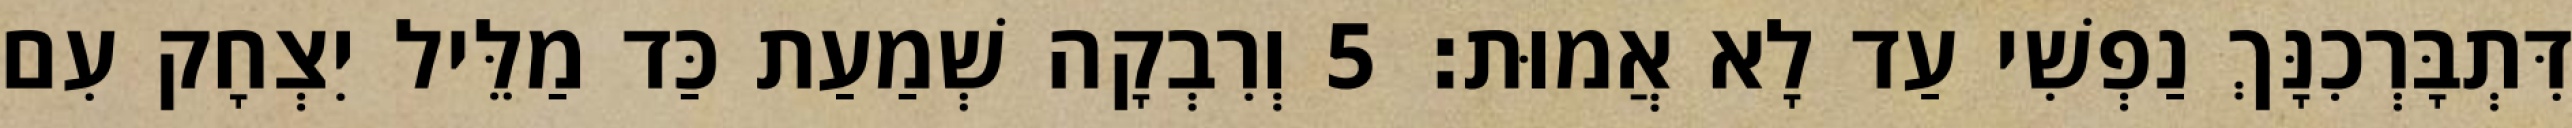
דִּתְבָּרְכִנָּךְ נַפְשִׁי עַד לָא אֲמוּת׃ 5 וְרִבְקָה שְׁמַעַת כַּד מַלֵּיל יִצְחָק עִם